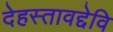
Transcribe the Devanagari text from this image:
देहस्तावद्देवि